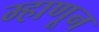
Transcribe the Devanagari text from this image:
म्हाणून